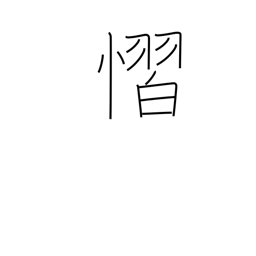
Meaning: fear